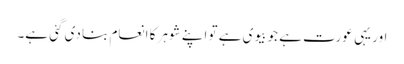
اور یہی عورت ہے جو بیوی ہے تو اپنے شوہر کا انعام بنا دی گئی ہے۔